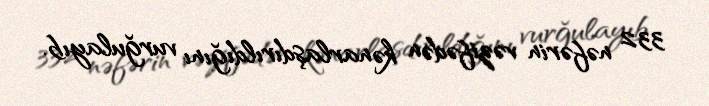
332 nəfərin vəzifədən kənarlaşdırıldığını vurğulayıb.